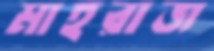
মাহরাজ